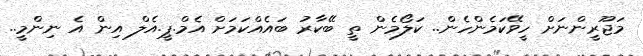
މަޖޫރީންނަށް ހީވޭކަމެންހެން.. ކަލޯމެން ތީ ބޭކާރު ބައެއްކަމަށް އެމް.ޕީ.އެލް އިން އެ ނިންމީ..